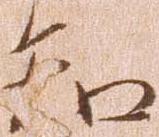
知